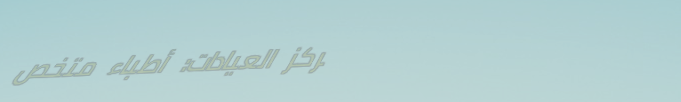
مركز العيادات: أطباء متخص